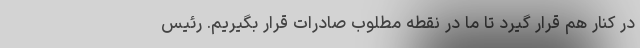
در کنار هم قرار گیرد تا ما در نقطه مطلوب صادرات قرار بگیریم. رئیس